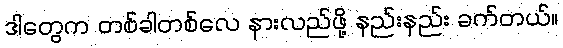
ဒါတွေက တစ်ခါတစ်လေ နားလည်ဖို့ နည်းနည်း ခက်တယ်။